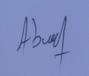
Signature authenticity: forged